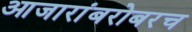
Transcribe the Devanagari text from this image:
आजारांबरोबरच